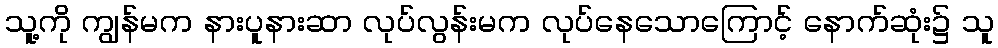
သူ့ကို ကျွန်မက နားပူနားဆာ လုပ်လွန်းမက လုပ်နေသောကြောင့် နောက်ဆုံး၌ သူ